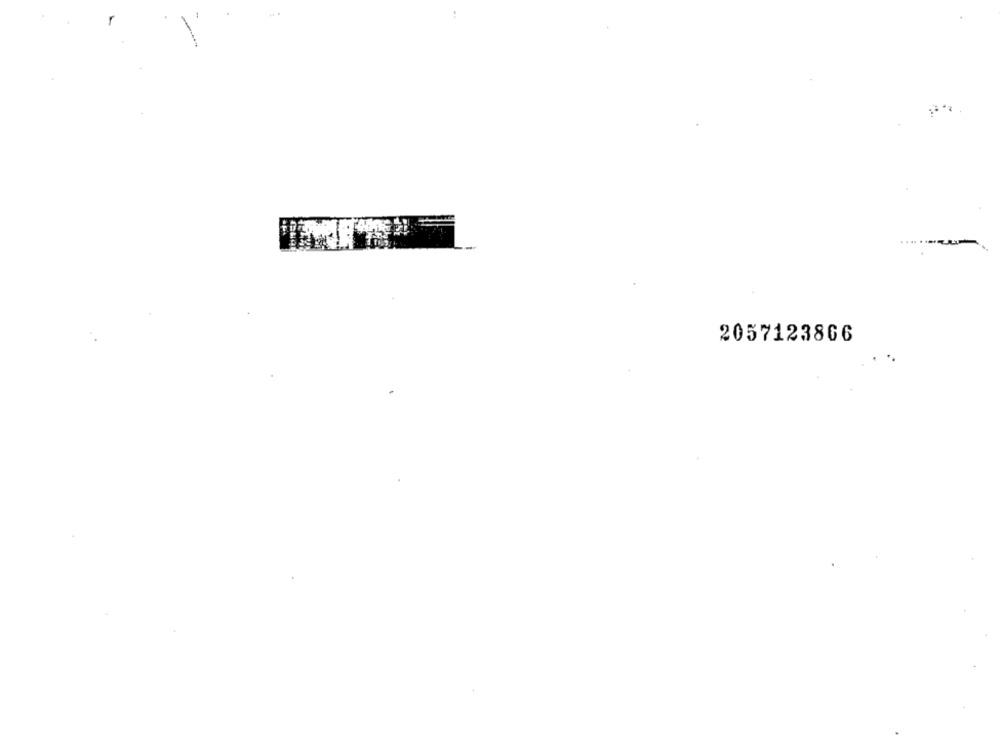
2057123866